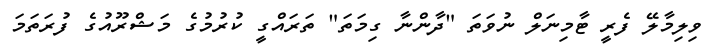
ވިލިމާލޭ ފެރީ ޓާމިނަލް ނުވަތަ "ދާންނާ ގިމަތަ" ތަރައްގީ ކުރުމުގެ މަޝްރޫއުގެ ފުރަތަމަ